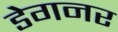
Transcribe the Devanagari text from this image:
डेगनर